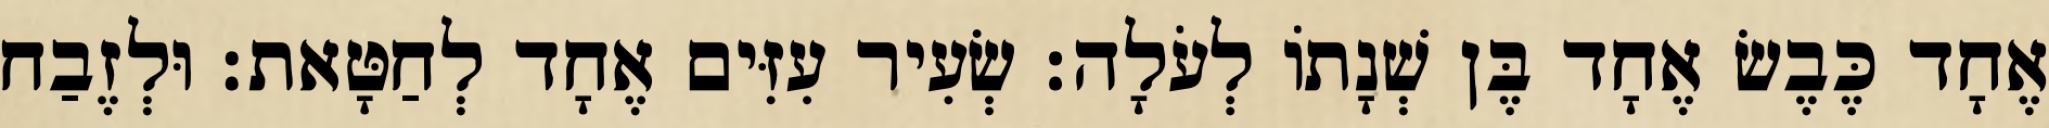
אֶחָד כֶּבֶשׂ אֶחָד בֶּן שְׁנָתוֹ לְעֹלָה׃ שְׂעִיר עִזִּים אֶחָד לְחַטָּאת׃ וּלְזֶבַח